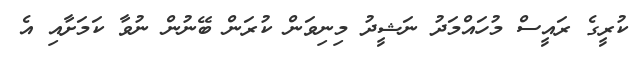
ކުރީގެ ރައީސް މުހައްމަދު ނަޝީދު މިނިވަން ކުރަން ބޭނުން ނުވާ ކަމަށާއި އެ